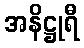
အနိဋ္ဌုရီ